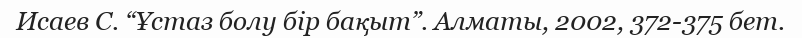
Исаев С. “Ұстаз болу бір бақыт”. Алматы, 2002, 372-375 бет.